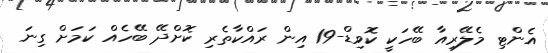
އެންޓި މެލޭރިއާ ބޭހަކީ ކޮވިޑް-19 އިން ރައްކާތެރި ކޮށްދޭ ބޭހެއް ކަމަށް ގިނަ